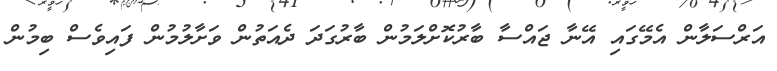
އަރްސަލާން އެމޭގައި އޭނާ ޖައްސާ ބާރުކޮށްލަމުން ބާރުގަދަ ދެއަތުން ވަށާލުމުން ފައިވެސް ބިމުން